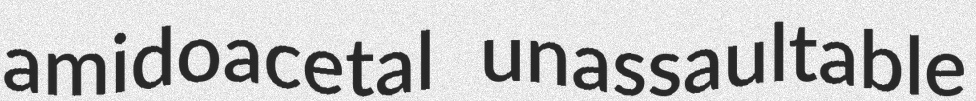
amidoacetal unassaultable